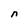
Character: n